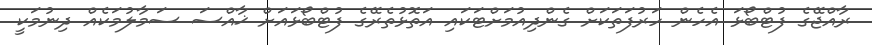
ރާއްޖޭގެ ފުޓްބޯޅަ އެހެން ހަރުފަތަކަށް ގެންދިއުމަށްޓަކައި އަތޮޅުތެރޭގެ ފުޓްބޯޅައަށް ޚާއްސަ ސަމާލުމަކެއް ދިނުމަކީ